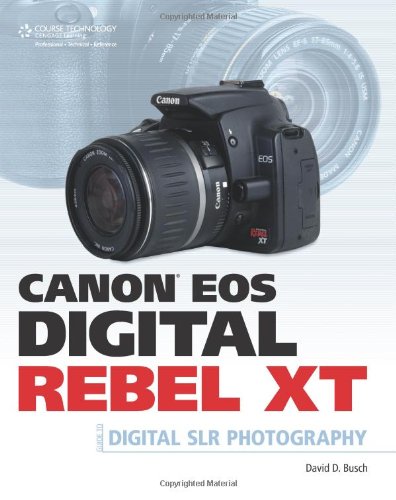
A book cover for Canon EOS Digital Rebel XT Guide to Digital SLR Photography; David D. Busch; Computers & Technology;